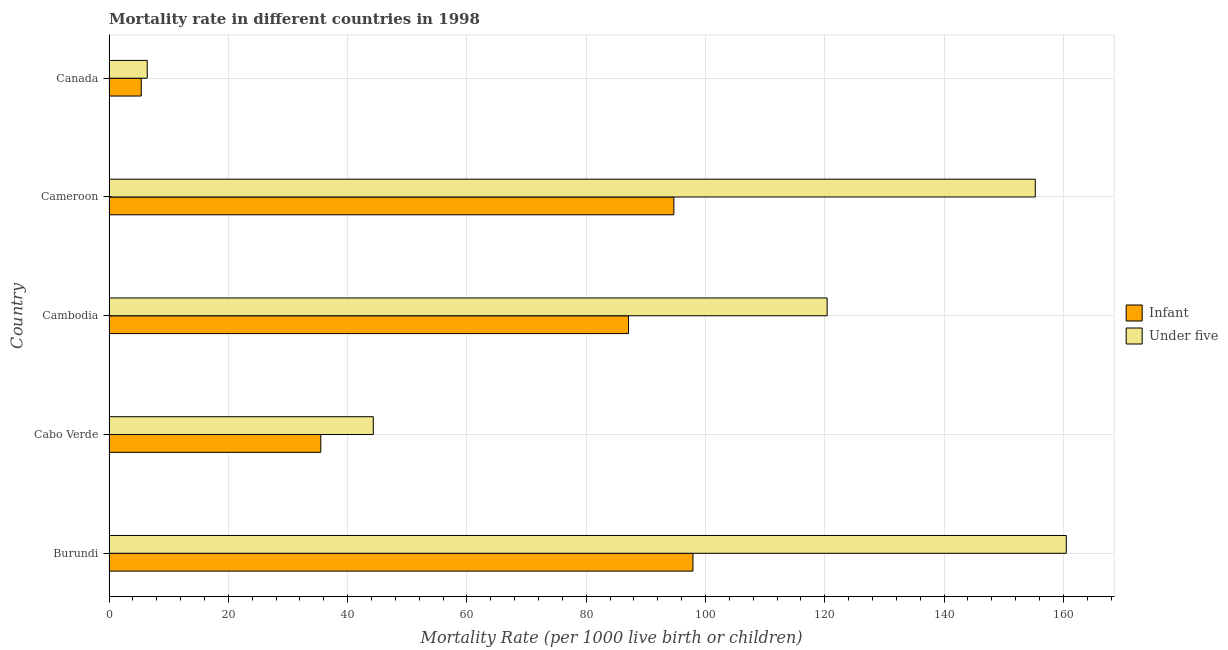
| Country | Infant | Under five |
 | --- | --- | --- |
 | Burundi | 97.9 | 160 |
 | Cabo Verde | 35.5 | 44.3 |
 | Cambodia | 87.1 | 120 |
 | Cameroon | 94.7 | 155 |
 | Canada | 5.4 | 6.4 |